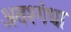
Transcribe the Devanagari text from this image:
अवश्गंधा